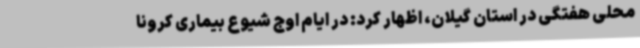
محلی هفتگی در استان گیلان، اظهار کرد: در ایام اوج شیوع بیماری کرونا